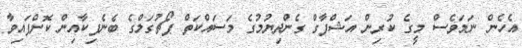
އެހެން ނަމަވެސް މީގެ ކުރިން އަޝްފާގް ގެންދިޔުމުގެ މަސައްކަތް ޕޯޗުގަލްގެ ބެނެފިކާއިން ކޮށްފައިވާ